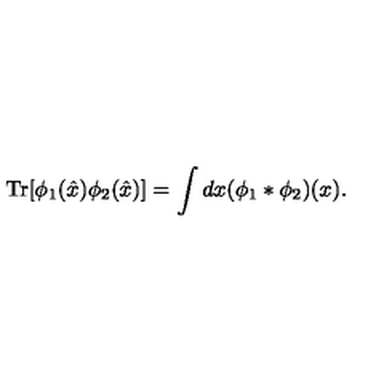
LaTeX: \mathrm { T r } [ \phi _ { 1 } ( \hat { x } ) \phi _ { 2 } ( \hat { x } ) ] = \int d x ( \phi _ { 1 } * \phi _ { 2 } ) ( x ) .